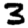
Digit: 3